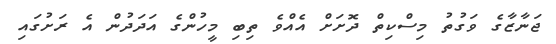
ޖަނާޒާގެ ވަގުތު މިސްކިތް ދޮށަށް އެއްވެ ތިބި މީހުންގެ އަދަދުން އެ ރަށުގައި